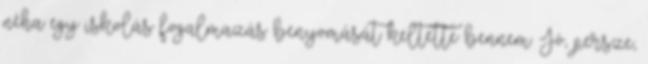
néha egy iskolás fogalmazás benyomását keltette bennem. Jó, persze,